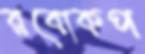
রবোকপ